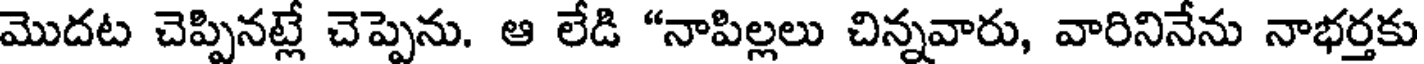
మొదట చెప్పినట్లే చెప్పెను. ఆ లేడి "నాపిల్లలు చిన్నవారు, వారినినేను నాభర్తకు